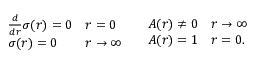
\begin{array} { l l } { { \begin{array} { l l } { { \frac { d } { d r } \sigma ( r ) = 0 } } & { { r = 0 } } \\ { { \sigma ( r ) = 0 } } & { { r \rightarrow \infty } } \end{array} } } & { { \begin{array} { l l } { { A ( r ) \neq 0 } } & { { r \rightarrow \infty } } \\ { { A ( r ) = 1 } } & { { r = 0 . } } \end{array} } } \end{array}